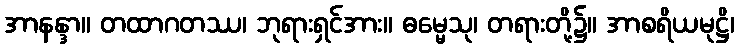
အာနန္ဒာ။ တထာဂတဿ၊ ဘုရားရှင်အား။ ဓမ္မေသု၊ တရားတို့၌။ အာစရိယမုဋ္ဌိ၊